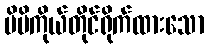
မိမိကိုယ်တိုင်ရိုက်ထားသော